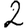
Digit: 2